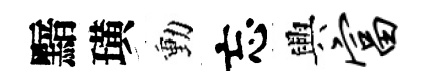
黯璜動忘興富